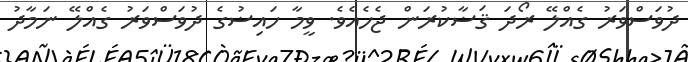
ދުވަސްވަރު ގެއްލޭ ރޯދަ ޤަޟާކުރަން ޖެހެއެވެ. ވީމާ ހައިޟުގެ ދުވަސްވަރު ގެއްލޭ ނަމާދު